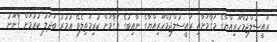
ރައީސުލްޖުމްހޫރިއްޔާގެ މަޤާމަށާއި ރައީސުލްޖުމްހޫރިއްޔާގެ ނާއިބުގެ މަޤާމަށް ކުރިމަތިލެވޭ ޢުމުރު ބަދަލު ކުރުމަށް ޤާނޫނު